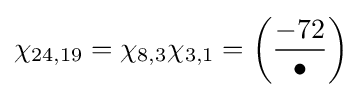
\chi _{24,19}=\chi _{8,3}\chi _{3,1}=\left({\frac {-72}{\bullet }}\right)